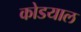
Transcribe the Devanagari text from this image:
कोडयाल